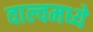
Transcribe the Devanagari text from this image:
वाल्वमध्ये